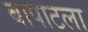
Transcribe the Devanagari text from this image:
बापाटला